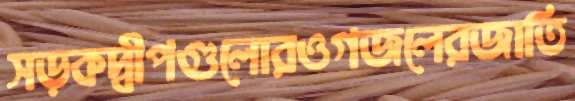
সড়কদ্বীপগুলোরওগজলেরজাতি